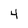
Character: 4